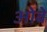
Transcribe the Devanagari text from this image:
ओबे